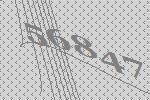
56847